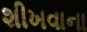
શીખવાના